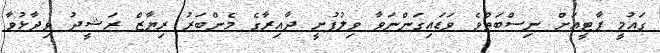
ގައުމީ ޕާޓީއަށް ނިސްބަތްވެ ވަޑައިގަންނަވާ ވިލުފުށީ ދާއިރާގެ މެންބަރު ރިޔާޒް ރަޝީދު ވިދާޅުވާ